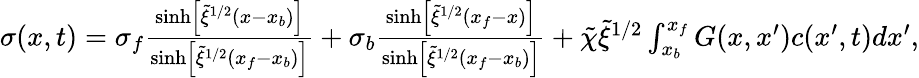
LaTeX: \begin{array}{r}{\sigma(x,t)=\sigma_{f}\frac{\sinh\left[\tilde{\xi}^{1/2}(x-x_{b})\right]}{\sinh\left[\tilde{\xi}^{1/2}(x_{f}-x_{b})\right]}+\sigma_{b}\frac{\sinh\left[\tilde{\xi}^{1/2}(x_{f}-x)\right]}{\sinh\left[\tilde{\xi}^{1/2}(x_{f}-x_{b})\right]}+\tilde{\chi}\tilde{\xi}^{1/2}\int_{x_{b}}^{x_{f}}G(x,x^{\prime})c(x^{\prime},t)dx^{\prime},}\end{array}